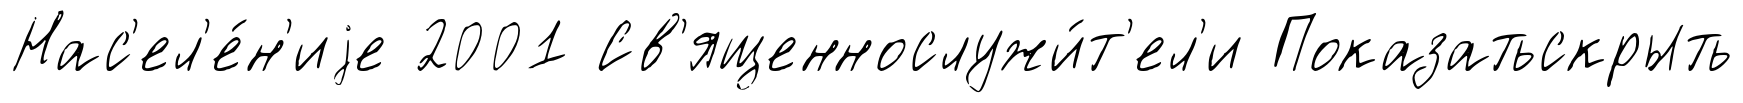
Нас'ел'е́н'иjе 2001 Св'ященнослужи́т'ел'и Показатьскрыть